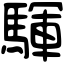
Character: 䮝